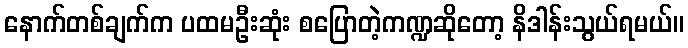
နောက်တစ်ချက်က ပထမဦးဆုံး စပြောတဲ့ကဏ္ဍဆိုတော့ နိဒါန်းသွယ်ရမယ်။